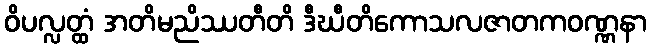
ဝိပလ္လတ္ထံ အတိမညိဿတီတိ ဒီဃီတိကောသလဇာတကဝဏ္ဏနာ